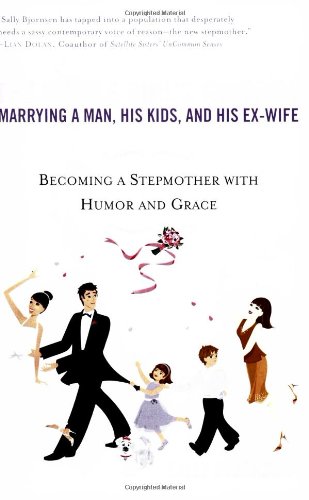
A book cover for The Single Girl's Guide to Marrying a Man, His Kids, and His Ex-Wife: Becoming A Stepmother With Humor And Grace; Sally Bjornsen; Parenting & Relationships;